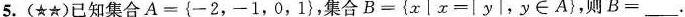
5.(★★)已知集合$$A = { 一 2，一 1，0，1}$$，集合$$ B = { x │ x = | y |，y ∈ A }$$，则B=___。